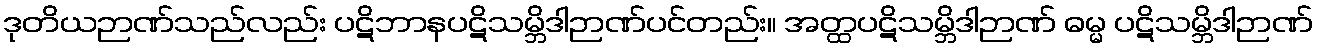
ဒုတိယဉာဏ်သည်လည်း ပဋိဘာနပဋိသမ္ဘိဒါဉာဏ်ပင်တည်း။ အတ္ထပဋိသမ္ဘိဒါဉာဏ် ဓမ္မ ပဋိသမ္ဘိဒါဉာဏ်